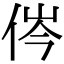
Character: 侺